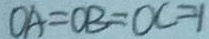
O A = O B = O C = 1